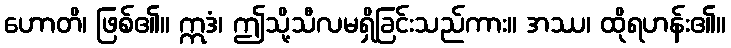
ဟောတိ၊ ဖြစ်၏။ ဣဒံ၊ ဤသို့သီလမရှိခြင်းသည်ကား။ အဿ၊ ထိုရဟန်း၏။